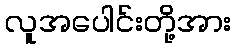
လူအပေါင်းတို့အား